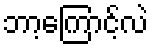
ဘာ့ကြောင့်လဲ